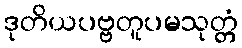
ဒုတိယပဗ္ဗတူပမသုတ္တံ